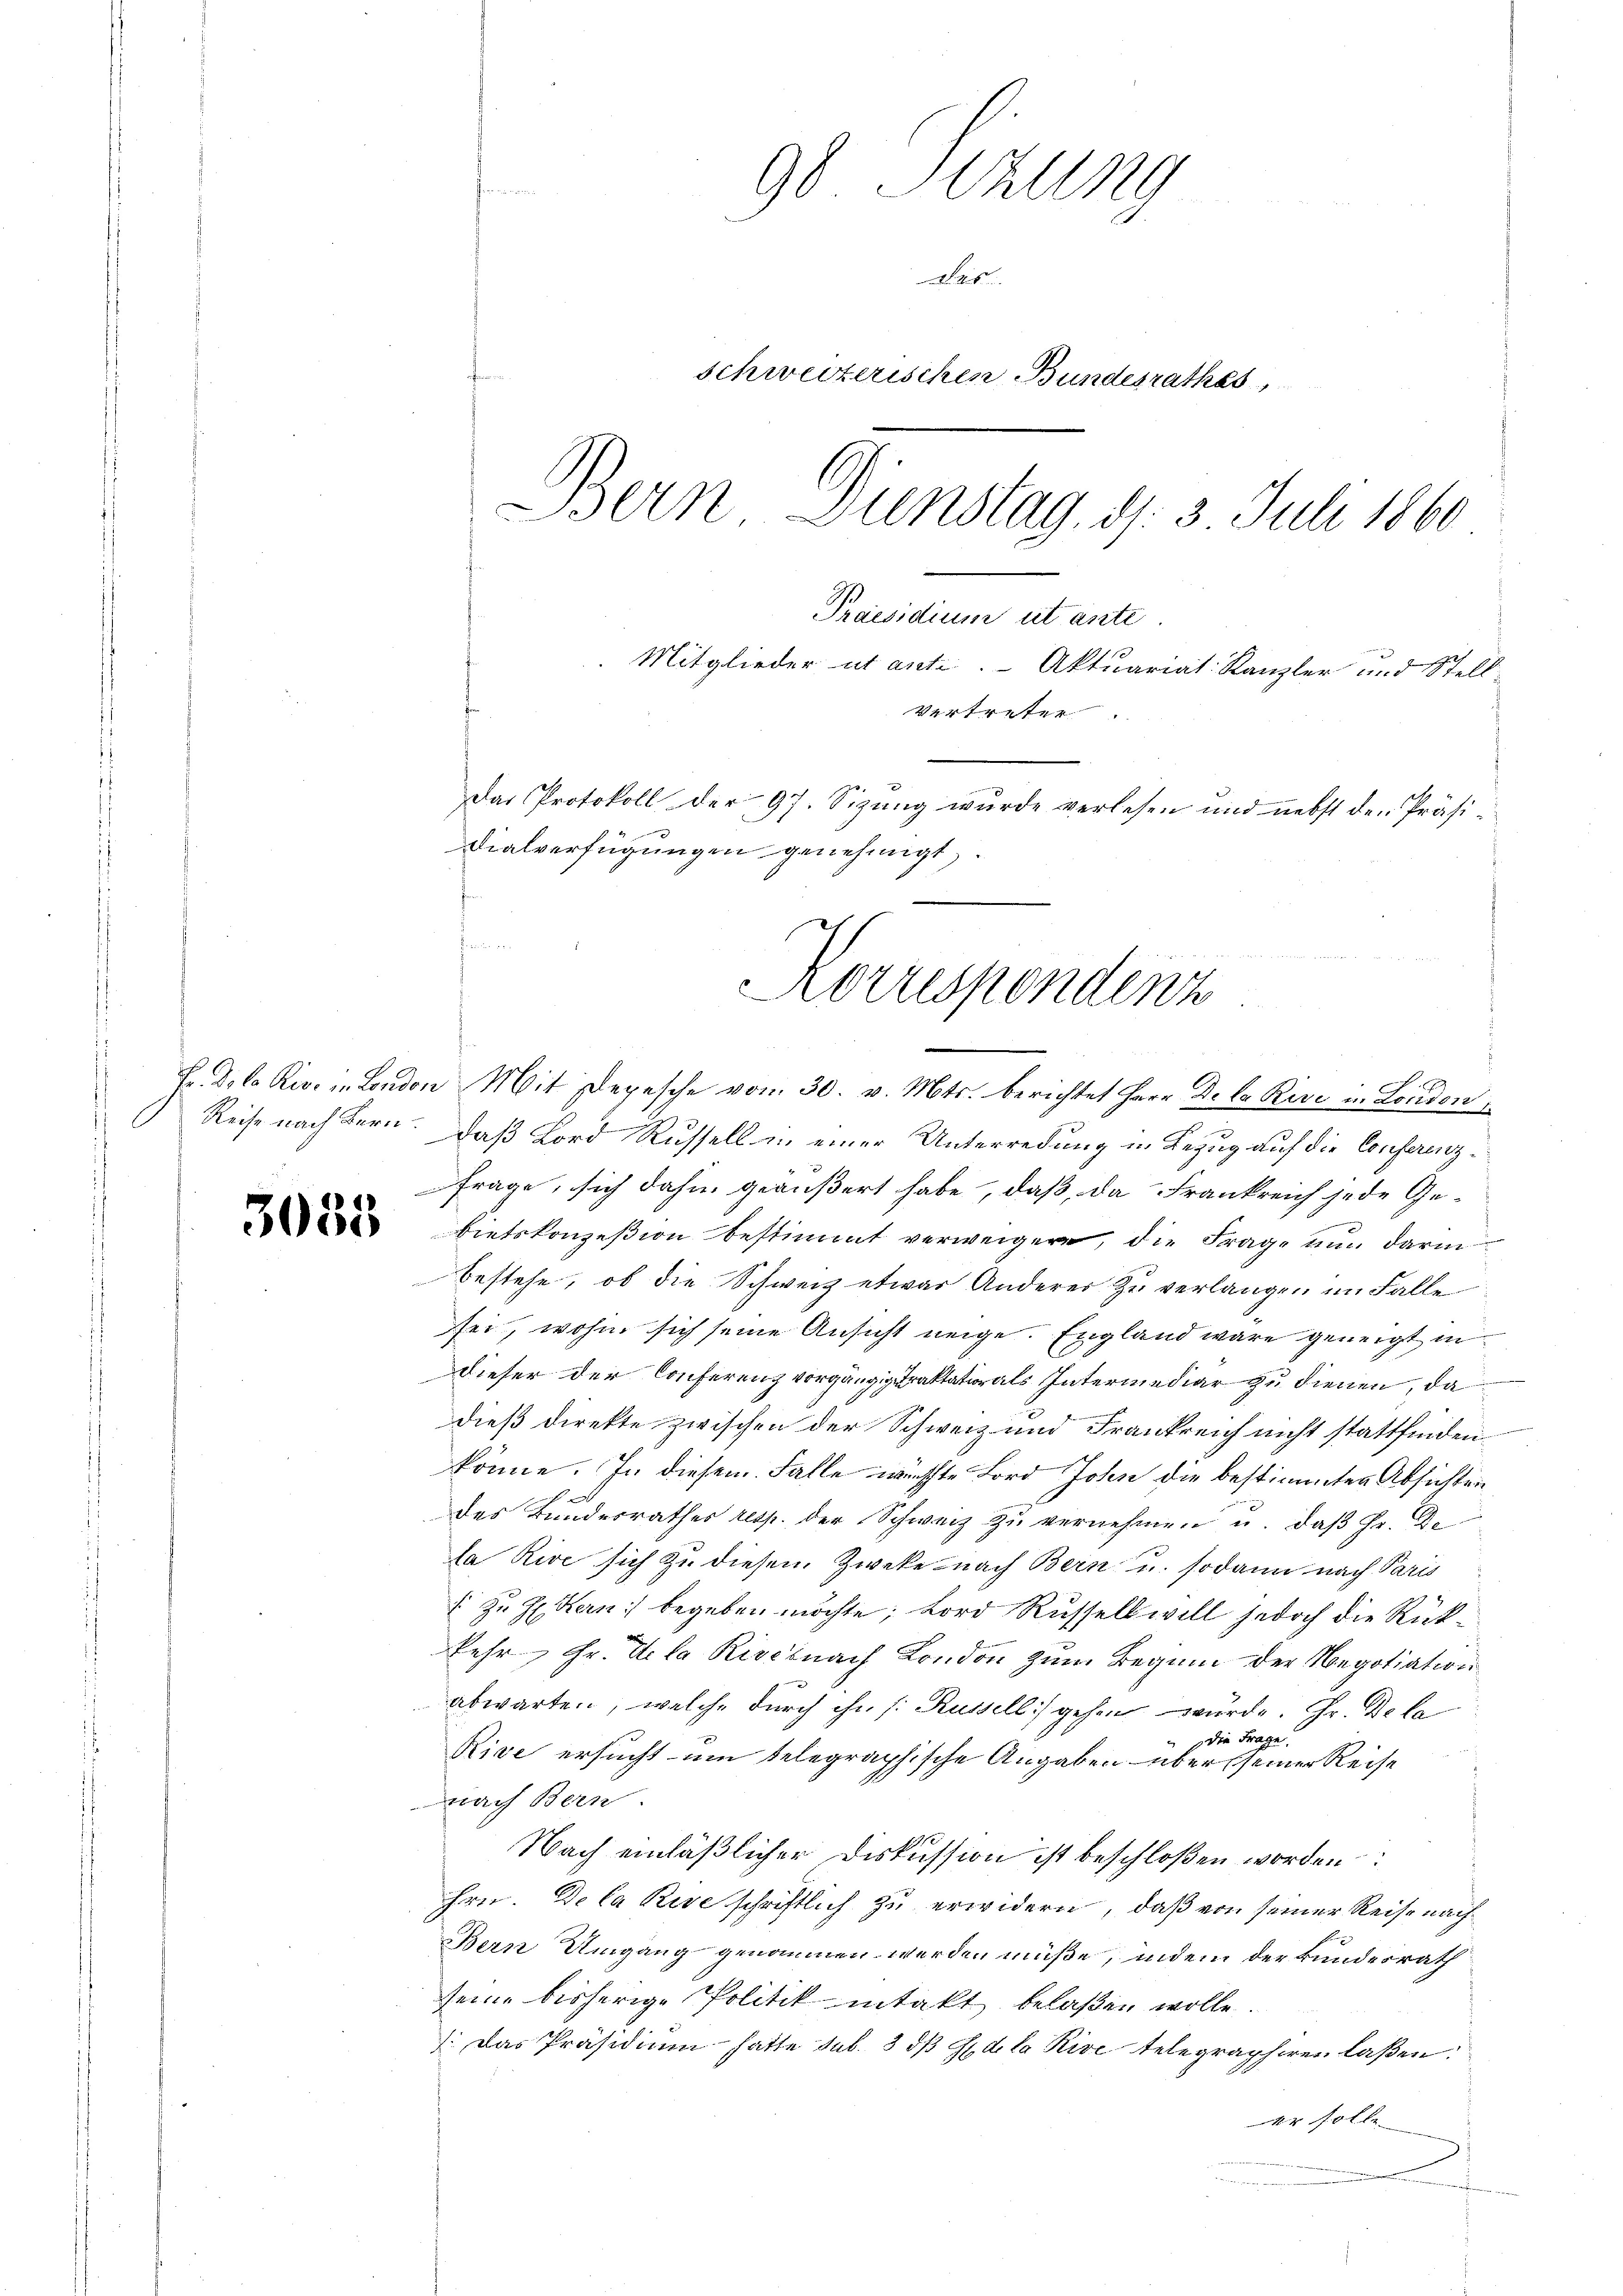
Reise nach Bern.
1

3035

90 Sizung

Schweizerischen Bundesrathes
e
Bern, Sunstag, d. 3. Juli 1860.
Praesidium ut ante
Mitglieder ut ant. Aktuariat Kanzler und Stell-
vertreter
Das Protokoll der 97. Sizung wurde verlesen und nebst den Präsi¬
Dialverfügungen genehmigt.

n
Fr. De la Riven London Mit Depesche vom 30. v. Mts. berichtet Herr De la Rive in London
daß Lord Russell in einer Unterredung in Bezug auf die Conferenzfrage, sich dahin geäußert habe, daß, da Frankreich jede Gebietskonzession bestimmt verweigen, die Frage nun darin
bestehe, ob die Schweiz etwas Anderer zu verlangen im Falle
sei, wohin sich seine Ansicht neige. England wäre geneigt in
dieser der Conferenz vorgängigetraktator als Intermediar zu dienen, da

dieß direkte zwischen der Schweiz und Frankreich nicht stattfinden
könne. In diesem Falle wächste Bord John die bestimmten Absichten
des Bundesrathes resp. der Schweiz zu vernehmen u. daß Hr. De
da Rive sich zu diesem Zweke nach Bern u. sodann nach Paris
 zu H. Kern begeben möchte, Lord Russell will jedoch die Rückkehr, Hr. Vila Rivernach London zum Beginn der Negotiation
abwarten, welche durch ihn /: Russell gehen wurde. Hr. Dela
die Frage.
Rive ersucht um telegraphische Angaben über seiner Reise
nach Bern.
1
Nach einläßlicher Diskussion ist beschloßen worden
hrn. De la Reve schriftlich zu erwidern, daß von seiner Reise nach¬
Bern Umgang genommen werden müße, indem der Bundesrath
seine bisherige Politik intakt belaßen wolle.
Das Präsidium - hatte sub. 3 dß H. de la Rive telegraphiren laßen:
44 folle
e
te
2

B
Koruspendenz